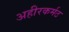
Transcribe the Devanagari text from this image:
अहीरकर्मठ